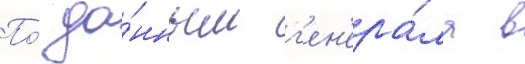
По́ да́нным г'ен'ера́ла в